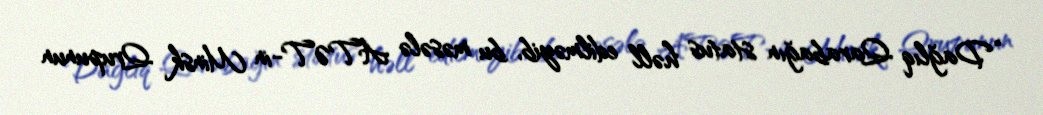
“Dağlıq Qarabağın status həll edilməyib, bu məsələ ATƏT-in Minsk Qrupunun